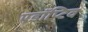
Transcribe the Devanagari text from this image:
एडॉप्टिव